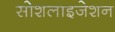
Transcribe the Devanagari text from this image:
सोशलाइजेशन